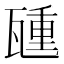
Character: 𬎮